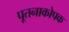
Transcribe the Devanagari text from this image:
पूतनाकोपक